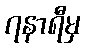
၇နာရီမှ